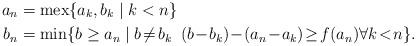
LaTeX: \begin{align*}a_n &= \operatorname{mex}\{a_k, b_k \;|\; k < n\}\\b_n &= \min\{b \geq a_n \;|\; b\!\neq\! b_k \;\;(b \!-\! b_k) \!-\! (a_n \!-\! a_k) \!\geq\! f(a_n) \forall k\!<\!n\}.\end{align*}